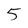
Character: 5